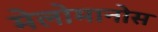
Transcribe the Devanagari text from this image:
मेलोमानोस